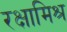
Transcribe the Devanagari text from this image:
रक्षामिश्र